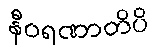
နီဝရဏာတိပိ